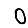
Digit: 0